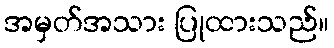
အမှတ်အသား ပြုထားသည်။